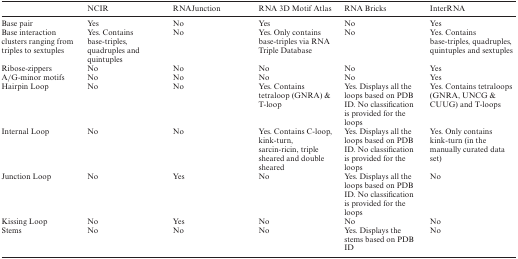
<table><thead><tr><td></td><td><b>NCIR</b></td><td><b>RNAJunction</b></td><td><b>RNA 3D Motif Atlas</b></td><td><b>RNA Bricks</b></td><td><b>InterRNA</b></td></tr></thead><tbody><tr><td>Base pair</td><td>Yes</td><td>No</td><td>Yes</td><td>No</td><td>Yes</td></tr><tr><td>Base interaction clusters ranging from triples to sextuples</td><td>Yes. Contains base-triples, quadruples and quintuples</td><td>No</td><td>Yes. Only contains base-triples via RNA Triple Database</td><td>No</td><td>Yes. Contains base-triples, quadruples, quintuples and sextuples</td></tr><tr><td>Ribose-zippers</td><td>No</td><td>No</td><td>No</td><td>No</td><td>Yes</td></tr><tr><td>A/G-minor motifs</td><td>No</td><td>No</td><td>No</td><td>No</td><td>Yes</td></tr><tr><td>Hairpin Loop</td><td>No</td><td>No</td><td>Yes. Contains tetraloop (GNRA) &amp; T-loop</td><td>Yes. Displays all the loops based on PDB ID. No classification is provided for the loops</td><td>Yes. Contains tetraloops (GNRA, UNCG &amp; CUUG) and T-loops</td></tr><tr><td>Internal Loop</td><td>No</td><td>No</td><td>Yes. Contains C-loop, kink-turn, sarcin-ricin, triple sheared and double sheared</td><td>Yes. Displays all the loops based on PDB ID. No classification is provided for the loops</td><td>Yes. Only contains kink-turn (in the manually curated data set)</td></tr><tr><td>Junction Loop</td><td>No</td><td>Yes</td><td>No</td><td>Yes. Displays all the loops based on PDB ID. No classification is provided for the loops</td><td>No</td></tr><tr><td>Kissing Loop</td><td>No</td><td>Yes</td><td>No</td><td>No</td><td>No</td></tr><tr><td>Stems</td><td>No</td><td>No</td><td>No</td><td>Yes. Displays the stems based on PDB ID</td><td>No</td></tr></tbody></table>